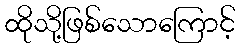
ထိုသို့ဖြစ်သောကြောင့်